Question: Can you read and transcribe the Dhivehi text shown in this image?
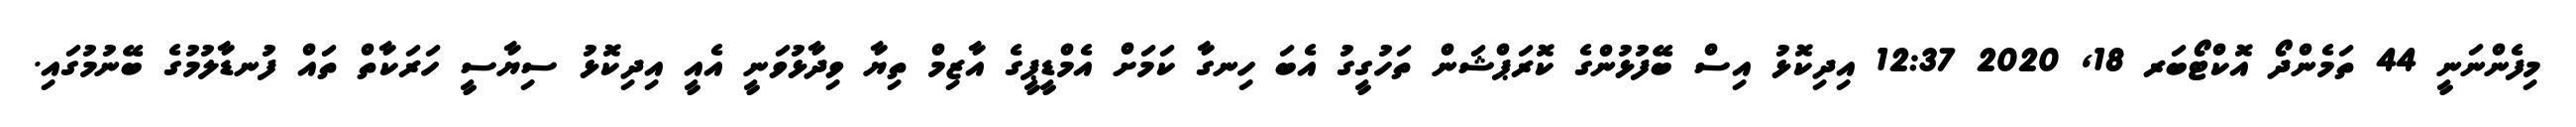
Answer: މިފެންނަނީ 44 ތަމެންދޯ އޮކްޓޯބަރ 18, 2020 12:37 އިދިކޮޅު އިސް ބޭފުޅުންގެ ކޮރަޕްޝަން ތަހުގީގު އެބަ ހިނގާ ކަމަށް އެމްޑީޕީގެ އާޒިމް ތިޔާ ވިދާޅުވަނީ އެއީ އިދިކޮޅު ސިޔާސީ ހަރަކާތް ތައް ފުނޑާލުމުގެ ބޭނުމުގައި.